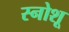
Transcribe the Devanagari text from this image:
स्नोशू